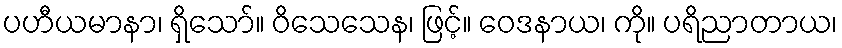
ပဟီယမာနာ၊ ရှိသော်။ ဝိသေသေန၊ ဖြင့်။ ဝေဒနာယ၊ ကို။ ပရိညာတာယ၊